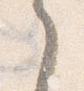
之